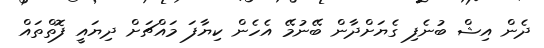
ދެން އިޝް ބުނެފި ގެޔަށްދާން ބޭނުމޭ އެހެން ކިޔާފަ މައްޗަށް ދިޔައީ ފޮތްތައް